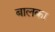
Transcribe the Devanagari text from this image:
बालका